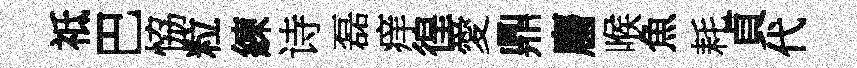
祗巴恊粒練诗磊痒徨愛鼎麕喉魚耗貞代